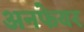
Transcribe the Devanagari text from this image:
अनफेयर